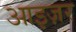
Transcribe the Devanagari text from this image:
आइज़र